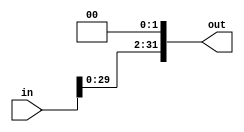
`ifndef MODULE_SHIFT2
`define MODULE_SHIFT2
`timescale 1ns / 1ps

module Shift2(
    in, out
);

    input [31:0] in;
    output [31:0] out;
    assign out = {in[29:0], 2'b00};

endmodule
`endif